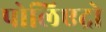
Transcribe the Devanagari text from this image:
पोलिएद्रो